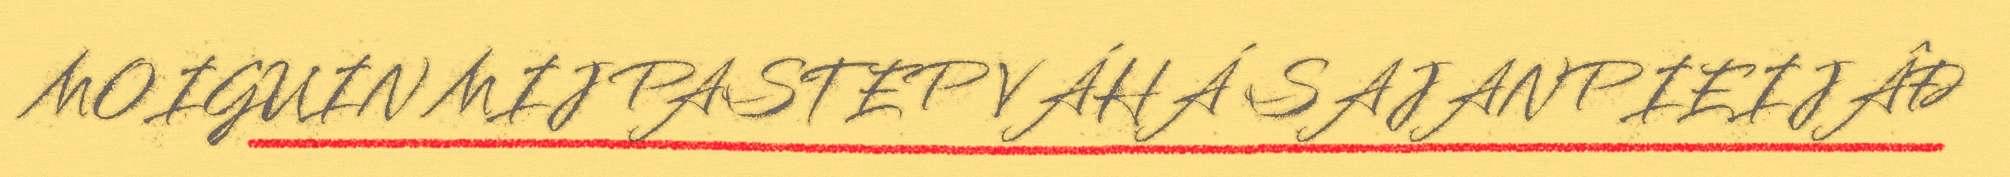
MOIGUIN MIJ PASTEP VÁHÁ SAJANPIEIJÂĐ